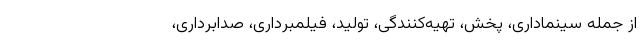
از جمله سینماداری، پخش، تهیه‌کنندگی، تولید، فیلمبرداری، صدابرداری،